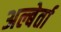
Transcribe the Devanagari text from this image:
अल्बेर्ता